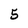
Character: 5